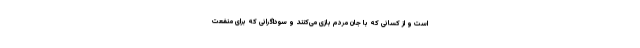
است و از کسانی که با جان مردم بازی می‌کنند و سوداگرانی که برای منفعت